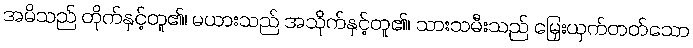
အမိသည် တိုက်နှင့်တူ၏၊ မယားသည် အသိုက်နှင့်တူ၏၊ သားသမီးသည် မြှေးယှက်တတ်သော